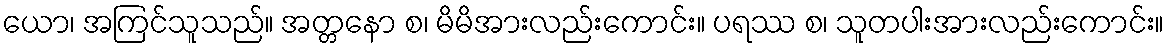
ယော၊ အကြင်သူသည်။ အတ္တနော စ၊ မိမိအားလည်းကောင်း။ ပရဿ စ၊ သူတပါးအားလည်းကောင်း။